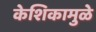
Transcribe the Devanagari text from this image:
केशिकामुळे